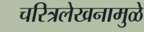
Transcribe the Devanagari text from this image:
चरित्रलेखनामुळे